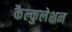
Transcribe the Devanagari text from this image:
कैल्कुलेशन